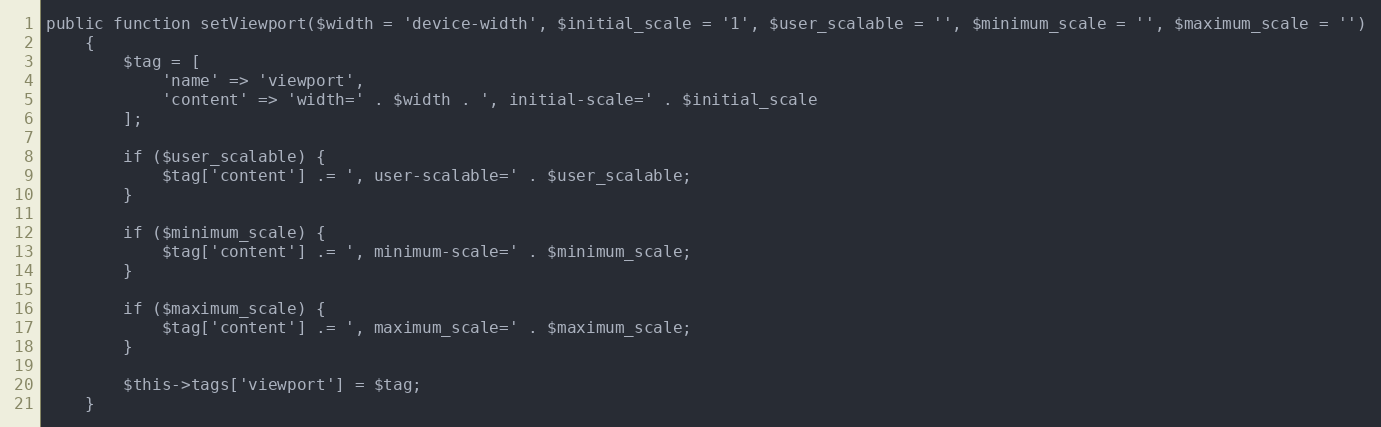
Language: PHP
public function setViewport($width = 'device-width', $initial_scale = '1', $user_scalable = '', $minimum_scale = '', $maximum_scale = '')
    {
        $tag = [
            'name' => 'viewport',
            'content' => 'width=' . $width . ', initial-scale=' . $initial_scale
        ];

        if ($user_scalable) {
            $tag['content'] .= ', user-scalable=' . $user_scalable;
        }

        if ($minimum_scale) {
            $tag['content'] .= ', minimum-scale=' . $minimum_scale;
        }

        if ($maximum_scale) {
            $tag['content'] .= ', maximum_scale=' . $maximum_scale;
        }

        $this->tags['viewport'] = $tag;
    }